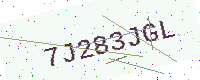
Text: 7J283JGL